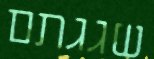
שגגתם